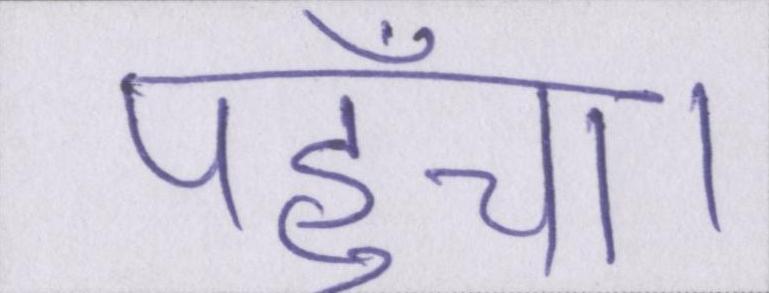
पहुँचा।